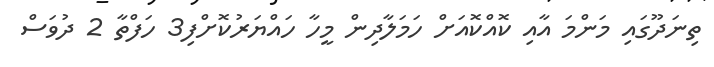
ތިނަދޫގައި މަންމަ އާއި ކޮއްކޮއަށް ހަމަލާދިން މީހާ ހައްޔަރުކޮށްފި3 ހަފްތާ 2 ދުވަސް